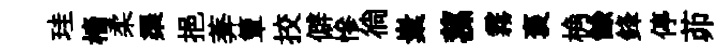
珪檣柔渠挹莾簟挍僻慘徜嶪蓀霧褒桷餘鋒停茆